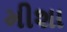
મીશા